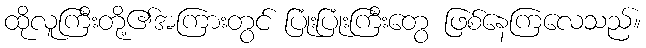
ထိုလူကြီးတို့၏အကြားတွင် ပြုံးပြုံးကြီးတွေ ဖြစ်နေကြလေသည်။